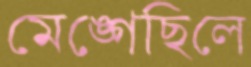
মেঙ্গেছিলে